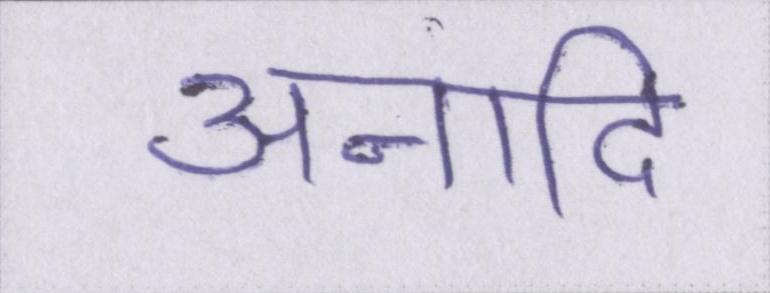
अनादि